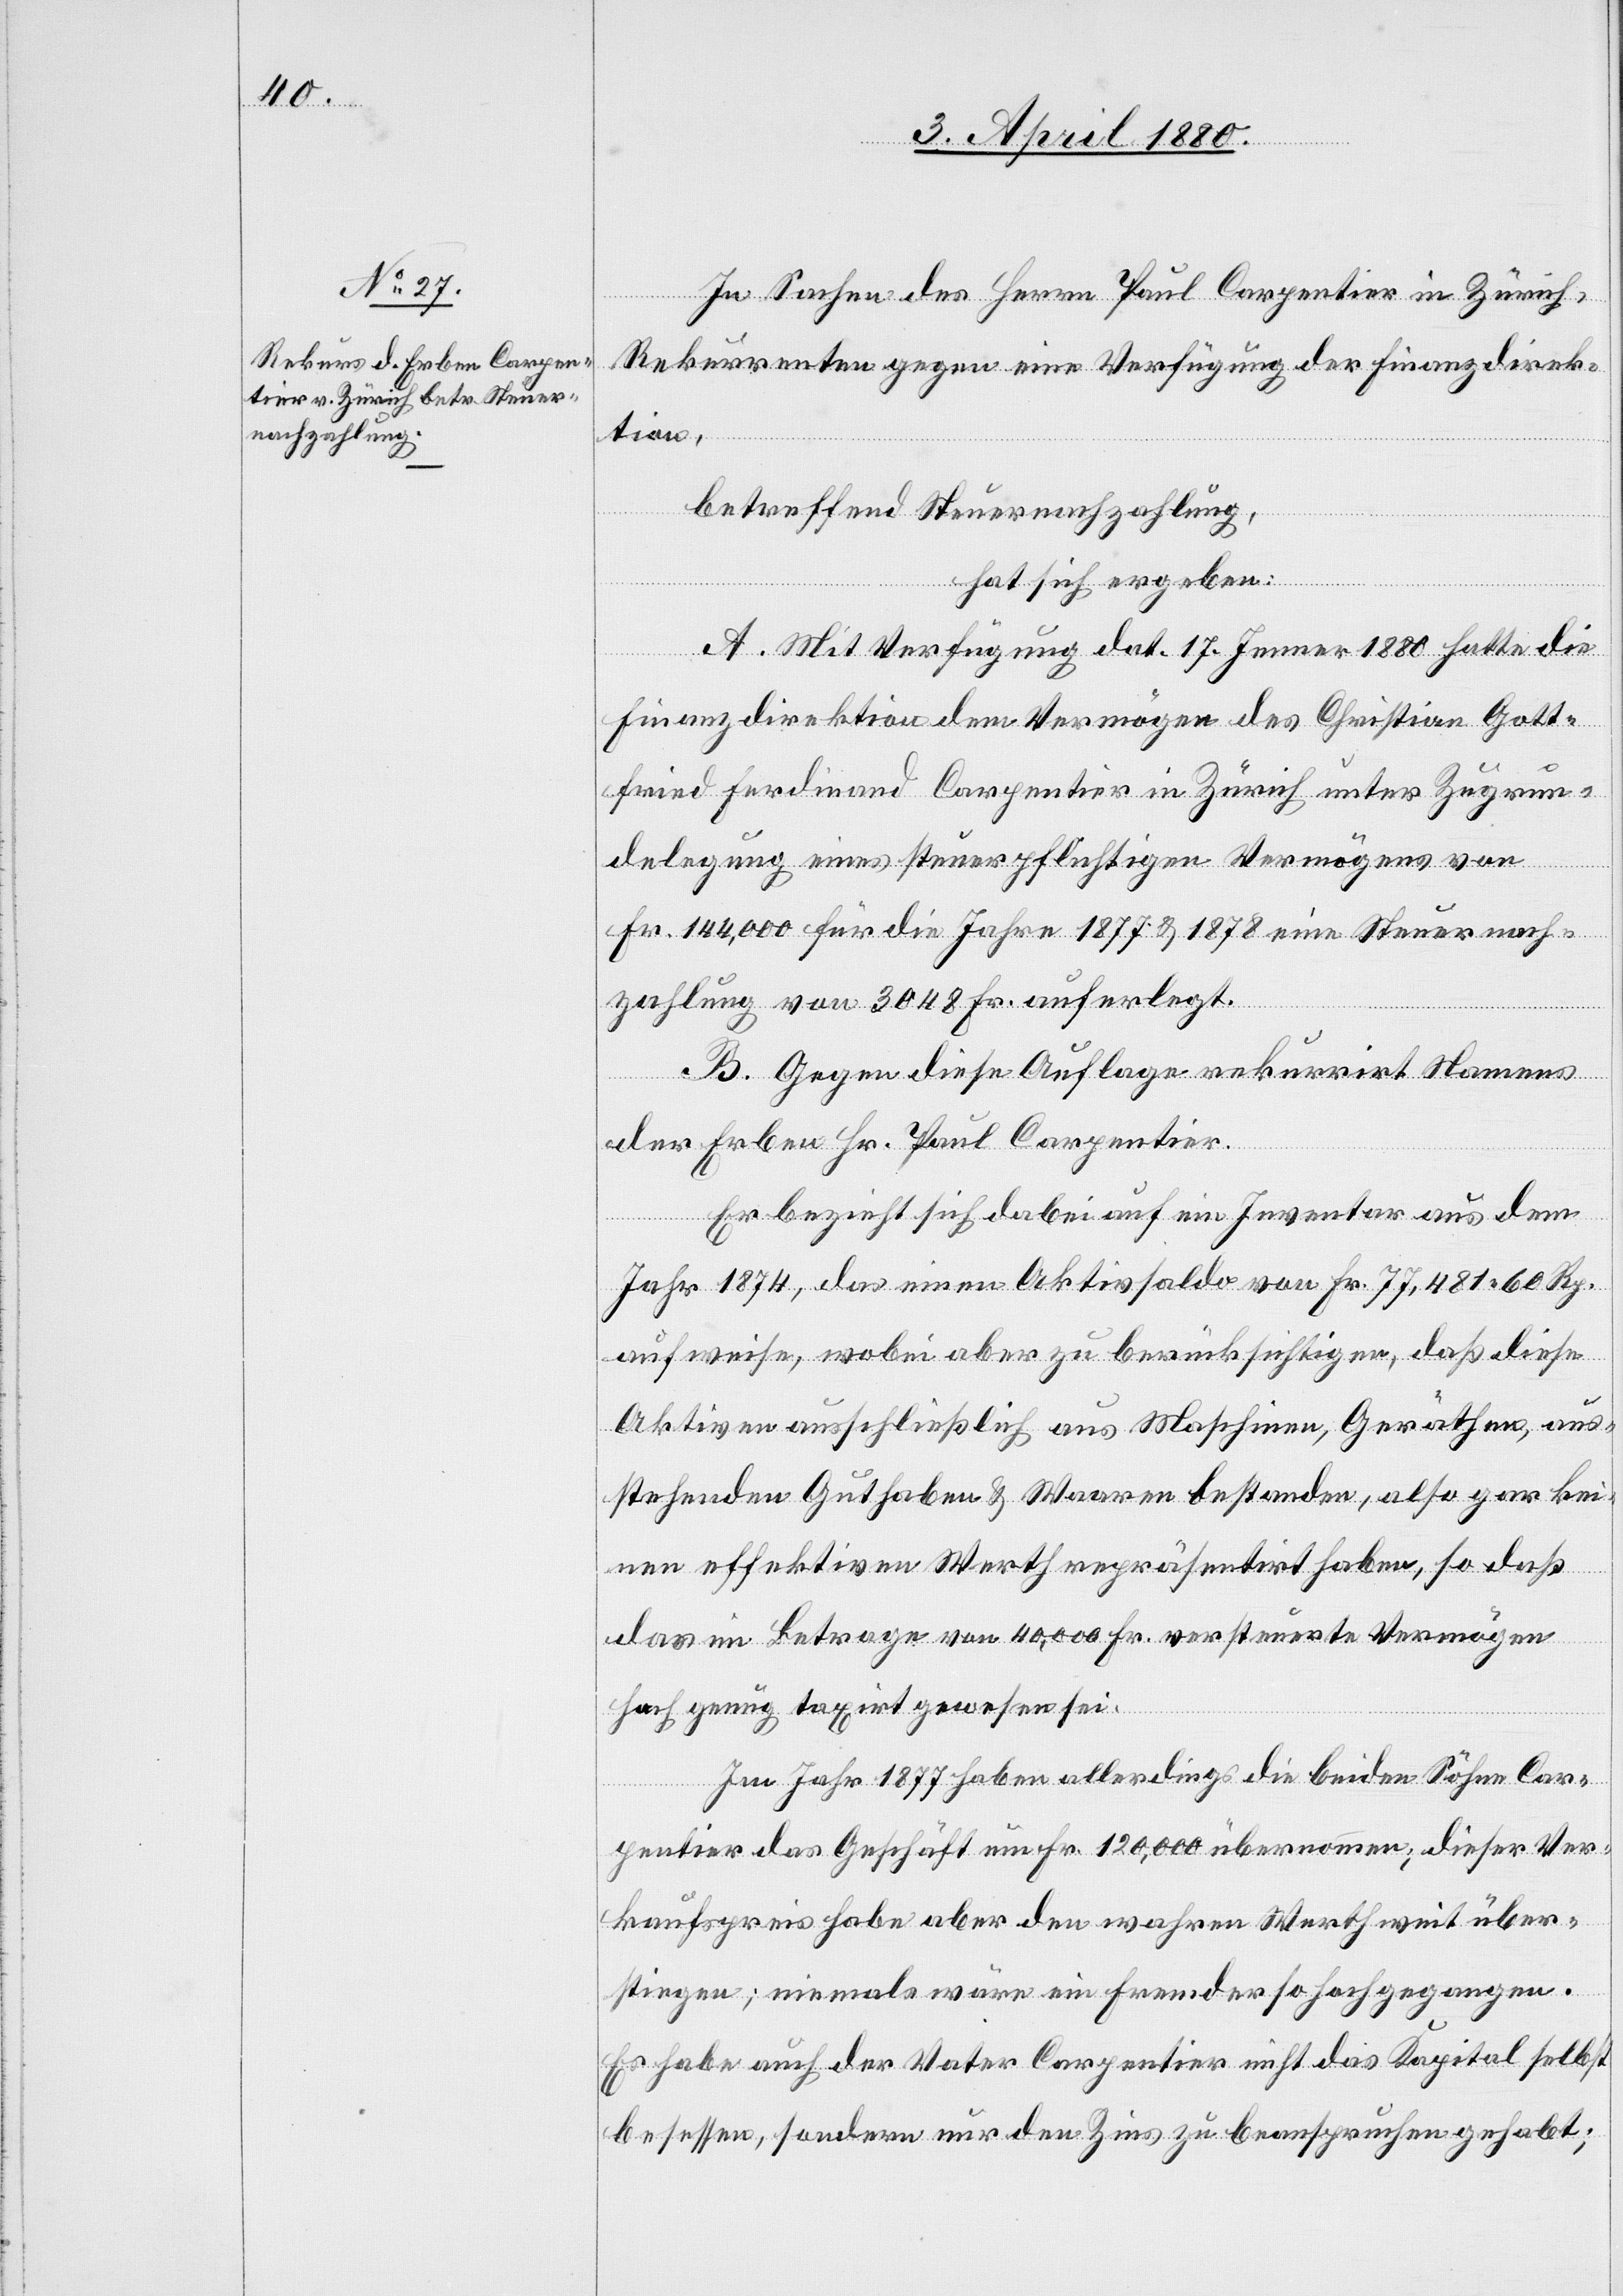
In Sachen des Herrn Paul Carpentier in Zürich,
Rekurrenten gegen eine Verfügung der Finanzdirek¬
tion,
betreffend Steuernachzahlung,
hat sich ergeben:
A. Mit Verfügung dat. 17. Jenner 1880 hatte die
Finanzdirektion dem Vermögen des Christian Gott¬
fried Ferdinand Carpentier in Zürich unter Zugrun¬
delegung eines steuerpflichtigen Vermögens von
Fr. 144 000 für die Jahre 1877 & 1878 eine Steuernach¬
zahlung von 3048 Fr. auferlegt.
B. Gegen diese Auflage rekurrirt Namens
der Erben Hr. Paul Carpentier.
Er bezieht sich dabei auf ein Inventar aus dem
Jahr 1874, das einen Aktivsaldo von Fr. 77 481.60 Rp.
aufweise, wobei aber zu berücksichtigen [sei], daß diese
Aktiven ausschließlich aus Maschinen, Geräthen, aus¬
stehenden Guthaben & Waaren bestanden, also gar kei¬
nen effektiven Werth repräsentirt haben, so daß
das im Betrag von 40 000 Fr. versteuerte Vermögen
hoch genug taxirt gewesen sei.
Im Jahr 1877 haben allerdings die beiden Söhne Car¬
pentier das Geschäft um Fr. 120 000 übernommen; dieser Ver¬
kaufspreis habe aber den wahren Werth weit über¬
stiegen; niemals wäre ein Fremder so hoch gegangen.
Es habe auch der Vater Carpentier nicht das Kapital selbst
besessen, sondern nur den Zins zu beanspruchen gehabt;